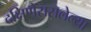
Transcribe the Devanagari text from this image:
दक्षिणेससलेल्या